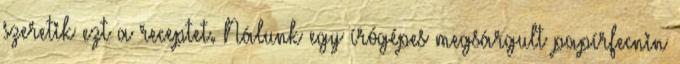
szeretik ezt a receptet. Nálunk egy írógépes megsárgult papírfecnin